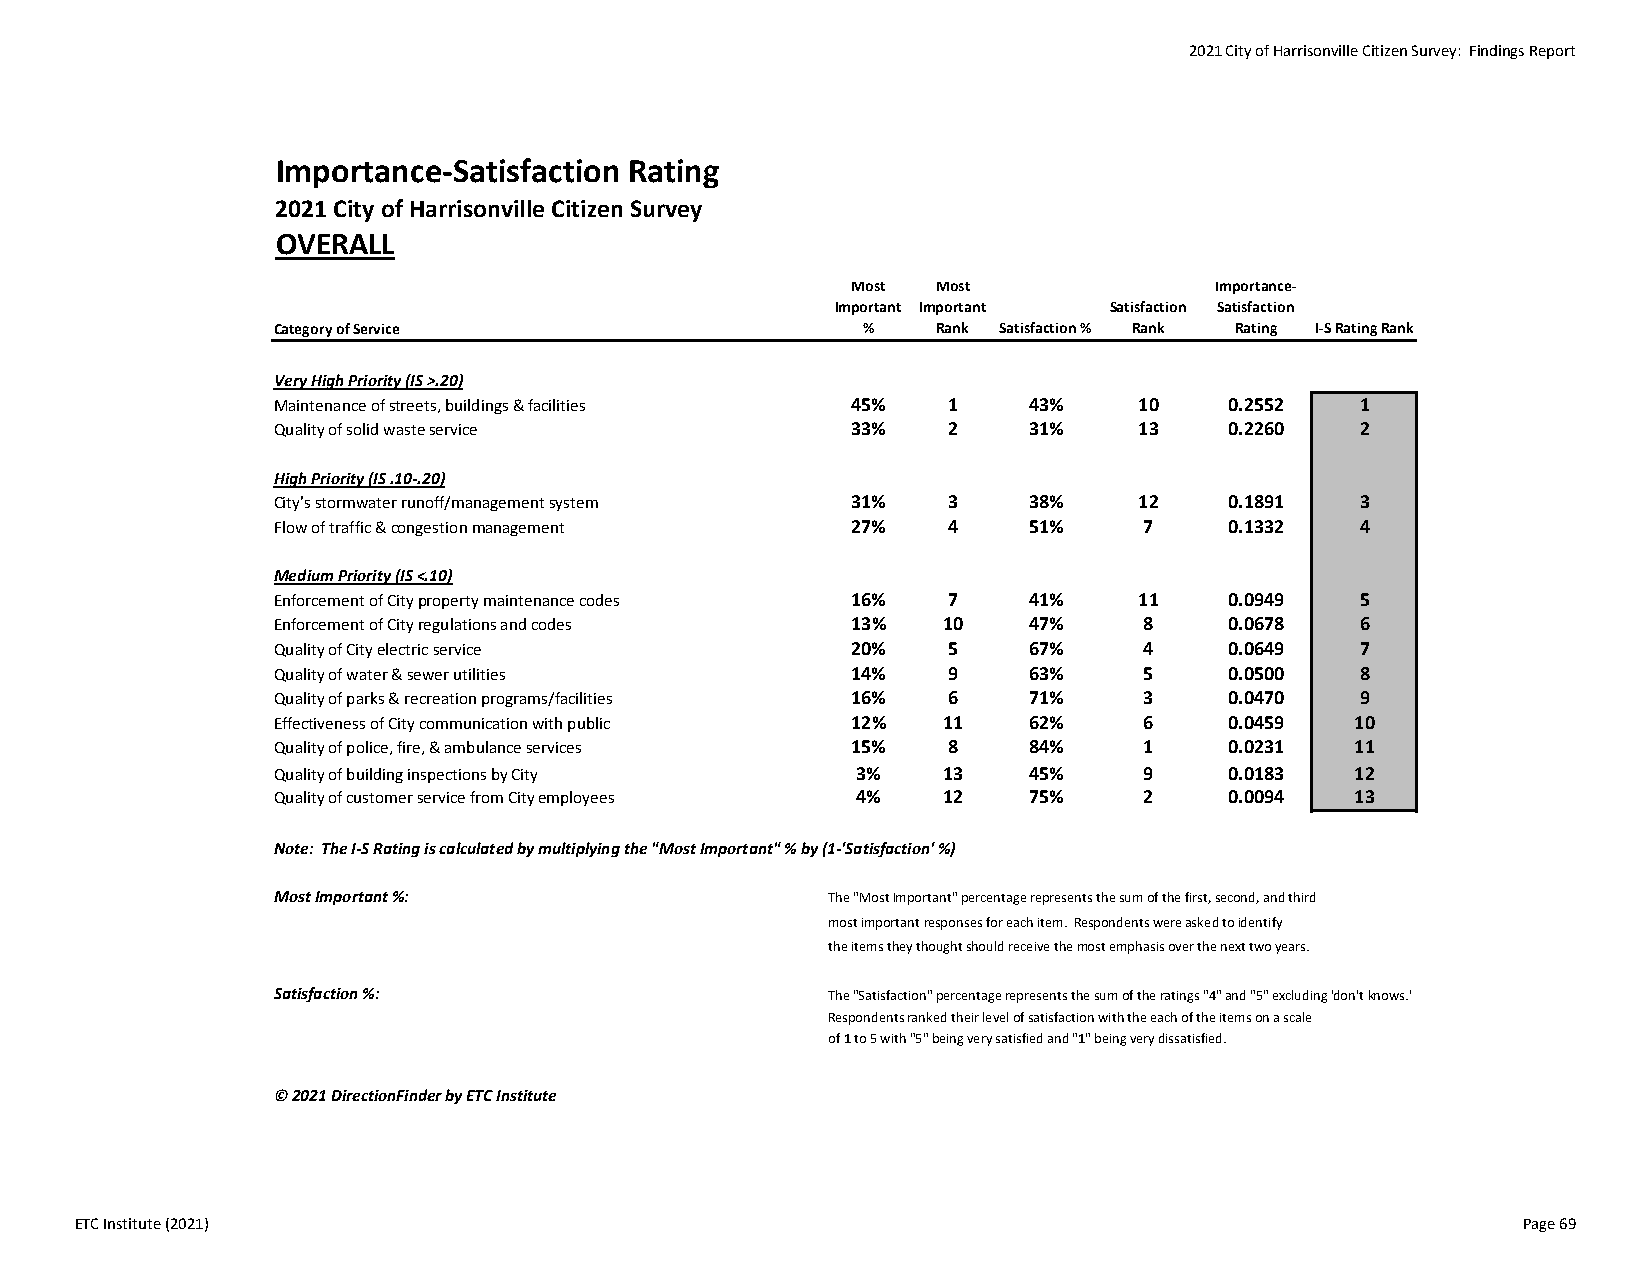
2021 City of Harrisonville Citizen Survey: Findings Report
 Importance‐Satisfaction Rating
 2021 City of Harrisonville Citizen Survey
 OVERALL
 Most  Most              Importance‐
 Important Important Satisfaction Satisfaction
 Category of Service                    %    Rank Satisfaction % Rank Rating I‐S Rating Rank
 Very High Priority (IS >.20)
 Maintenance of streets, buildings & facilities 45% 1 43% 10    0.2552   1
 Quality of solid waste service        33%    2    31%    13    0.2260   2
 High Priority (IS .10‐.20)
 City's stormwater runoff/management system 31% 3  38%    12    0.1891   3
 Flow of traffic & congestion management 27%  4    51%     7    0.1332   4
 Medium Priority (IS <.10)
 Enforcement of City property maintenance codes 16% 7 41% 11    0.0949   5
 Enforcement of City regulations and codes 13% 10  47%     8    0.0678   6
 Quality of City electric service      20%    5    67%     4    0.0649   7
 Quality of water & sewer utilities    14%    9    63%     5    0.0500   8
 Quality of parks & recreation programs/facilities 16% 6 71% 3  0.0470   9
 Effectiveness of City communication with public 12% 11 62% 6   0.0459   10
 Quality of police, fire, & ambulance services 15% 8 84%   1    0.0231   11
 Quality of building inspections by City 3%  13    45%     9    0.0183   12
 Quality of customer service from City employees 4% 12 75% 2    0.0094   13
 Note: The I‐S Rating is calculated by multiplying the "Most Important" % by (1‐'Satisfaction' %)
 Most Important %:                    The "Most Important" percentage represents the sum of the first, second, and third
 most important responses for each item. Respondents were asked to identify
 the items they thought should receive the most emphasis over the next two years.
 Satisfaction %:                      The "Satisfaction" percentage represents the sum of the ratings "4" and "5" excluding 'don't knows.'
 Respondents ranked their level of satisfaction with the each of the items on a scale
 of 1 to 5 with "5" being very satisfied and "1" being very dissatisfied.
 © 2021 DirectionFinder by ETC Institute
 ETC Institute (2021)                                                                            Page 69